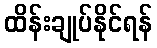
ထိန်းချုပ်နိုင်ရန်